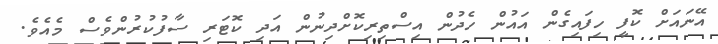
އޭނައަށް ކޮފީ ހިފައިގެން އައުން ހެދުން އިސްތިރިކޮށްދިނުން އަދި ކޮޓަރި ސާފުކުރުންވެސް މެއެވެ.